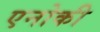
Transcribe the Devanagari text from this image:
एनोकी